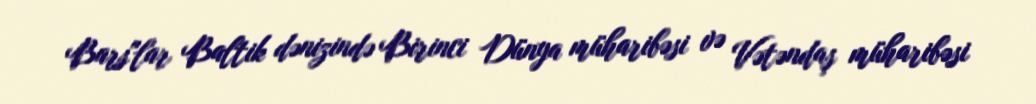
Bars"lar Baltik dənizində Birinci Dünya müharibəsi və Vətəndaş müharibəsi